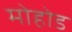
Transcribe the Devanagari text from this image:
मोहोड